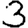
Digit: 3